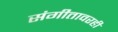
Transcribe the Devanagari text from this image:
संगीतावरही